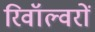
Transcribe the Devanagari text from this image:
रिवॉल्वरों